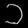
Digit: ၁